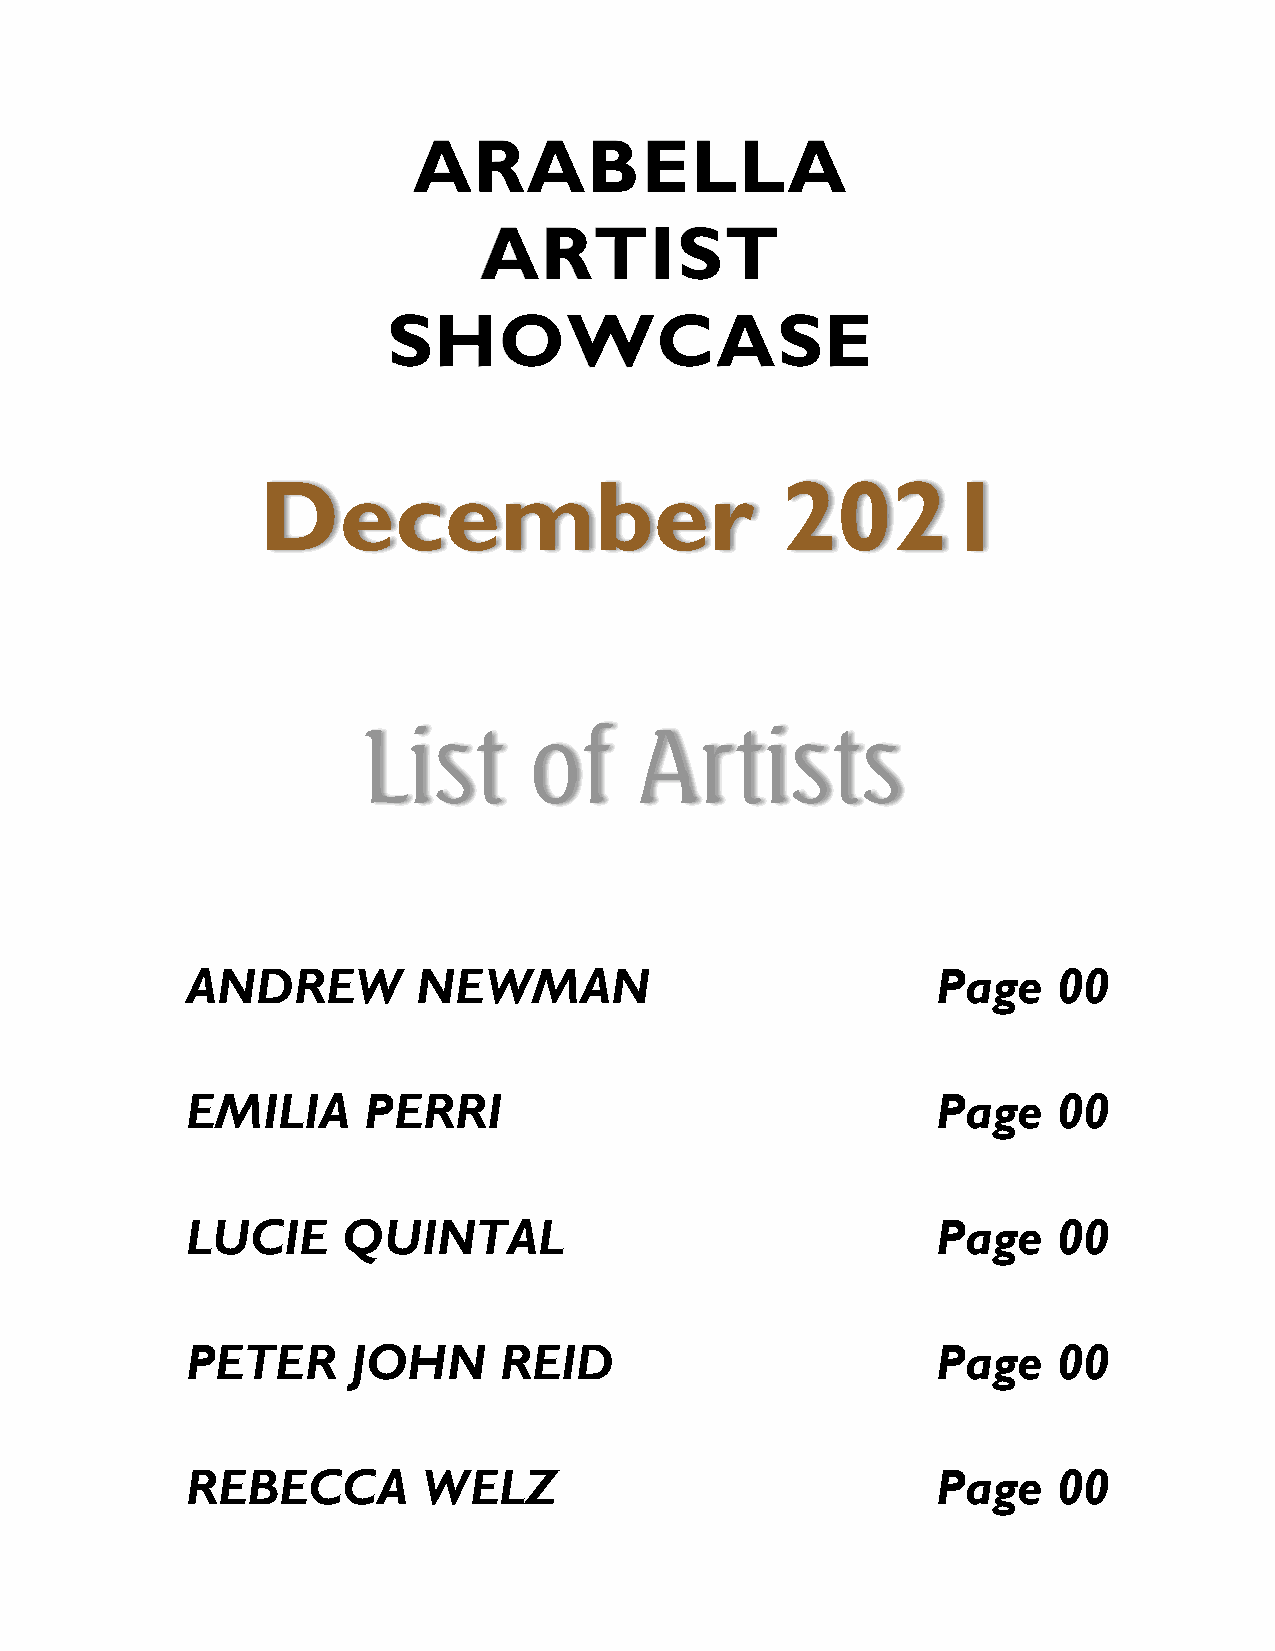
ARABELLA
 ARTIST
 SHOWCASE
 December                           2021
 List       of     Artists
 ANDREW          NEWMAN                            Page    00
 EMILIA      PERRI                                 Page    00
 LUCIE      QUINTAL                                Page    00
 PETER      JOHN      REID                         Page    00
 REBECCA         WELZ                              Page    00